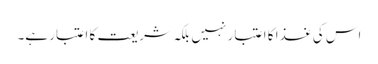
اس کی غذا کا اعتبار نہیں بلکہ شریعت کا اعتبار ہے۔